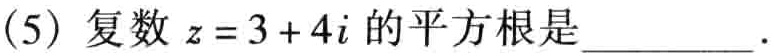
(5) 复数 \(z = 3 + 4i\) 的平方根是_________.